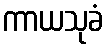
ကာယသုခံ